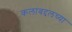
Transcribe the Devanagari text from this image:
कलांबद्दलच्या